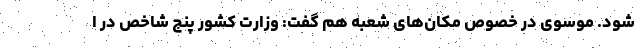
شود. موسوی در خصوص مکان‌های شعبه هم گفت: وزارت کشور پنج شاخص در ا